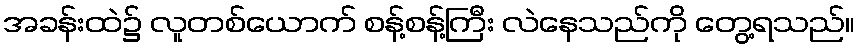
အခန်းထဲ၌ လူတစ်ယောက် စန့်စန့်ကြီး လဲနေသည်ကို တွေ့ရသည်။